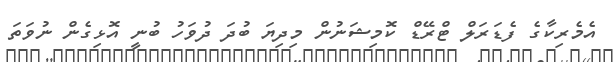
އެމެރިކާގެ ފެޑަރަލް ޓްރޭޑް ކޮމިޝަނުން މިދިޔަ ބުދަ ދުވަހު ބުނީ އޮޅިގެން ނުވަތަ